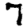
Digit: 7